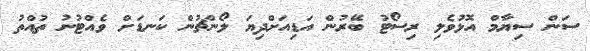
ސަން ސިޔާމް އޮޅުވެލި ރިސޯޓު ބޭރުން އަޑިއަށްދިޔަ ލޯންޗުން ކަނޑަށް ވެއްޓުނު ތުއްތު